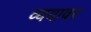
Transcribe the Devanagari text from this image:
व्ययावर